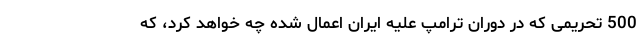
500 تحریمی که در دوران ترامپ علیه ایران اعمال شده چه خواهد کرد،‌ که